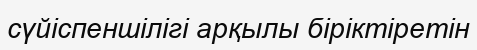
сүйіспеншілігі арқылы біріктіретін